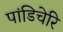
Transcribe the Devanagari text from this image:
पांडिचेरि